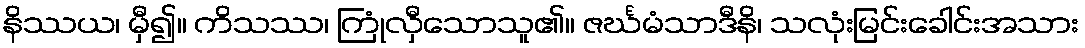
နိဿယ၊ မှီ၍။ ကိသဿ၊ ကြုံလှီသောသူ၏။ ဇင်္ဃမံသာဒီနိ၊ သလုံးမြင်းခေါင်းအသား